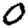
Digit: 0